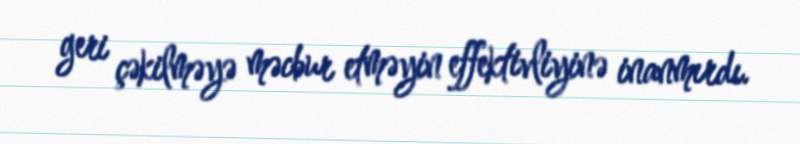
geri çəkilməyə məcbur etməyin effektivliyinə inanmırdı.